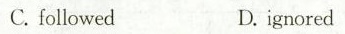
C.followedD. ignored